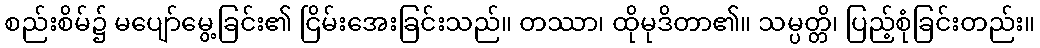
စည်းစိမ်၌ မပျော်မွေ့ခြင်း၏ ငြိမ်းအေးခြင်းသည်။ တဿာ၊ ထိုမုဒိတာ၏။ သမ္ပတ္တိ၊ ပြည့်စုံခြင်းတည်း။